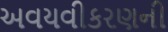
અવયવીકરણની